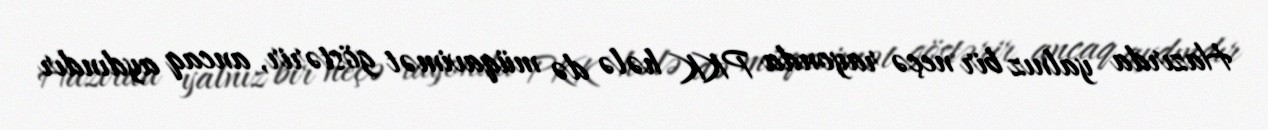
Hazırda yalnız bir neçə rayonda PKK hələ də müqavimət göstərir, ancaq aydındır